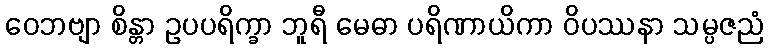
ဝေဘဗျာ စိန္တာ ဥပပရိက္ခာ ဘူရီ မေဓာ ပရိဏာယိကာ ဝိပဿနာ သမ္ပဇညံ